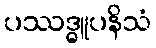
ပဿဒ္ဓူပနိသံ